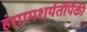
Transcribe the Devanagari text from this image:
हंगामशर्यतींपैकी